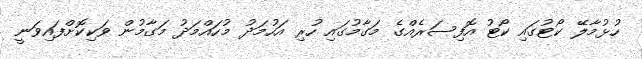
ހުޅުމާލޭ ކޯޓުގައި ކޯޓު އޮފިސަރެއްގެ މަގާމުގައި ހުރި އަހުމަދު މުހައްމަދު މަގާމުން ވަކިކޮށްފައިވަނީ